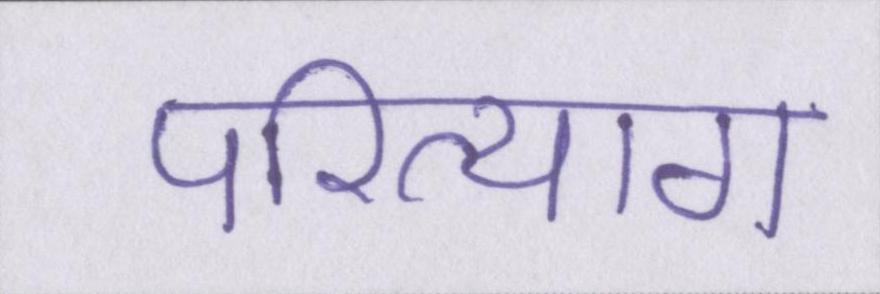
परित्याग